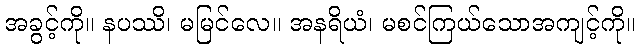
အခွင့်ကို။ နပဿိ၊ မမြင်လေ။ အနရိယံ၊ မစင်ကြယ်သောအကျင့်ကို။